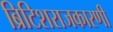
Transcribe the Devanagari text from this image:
ब्रिटिशराजकारणी